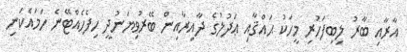
އާރާއި ބާރު ލިބިފަހުރި މީހަކު ޙައްޤާއި ޢަދުލުގެ ދާއިރާއިން ބޭރުވިޔަނުދީ ހިފެހެއްޓޭނެ ހަމައެކަނި